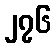
၂၇၆